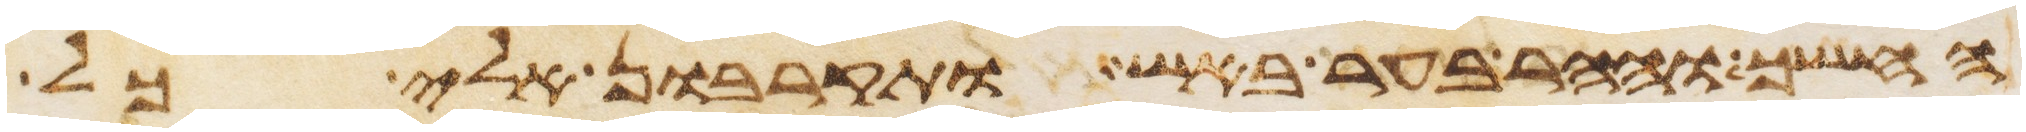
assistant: החשך וההר בער באש ותקרבון אלי כל